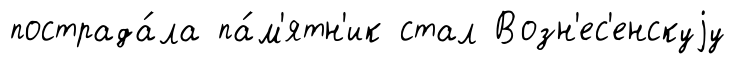
пострада́ла па́м'ятн'ик стал Возн'ес'енскуjу